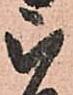
被